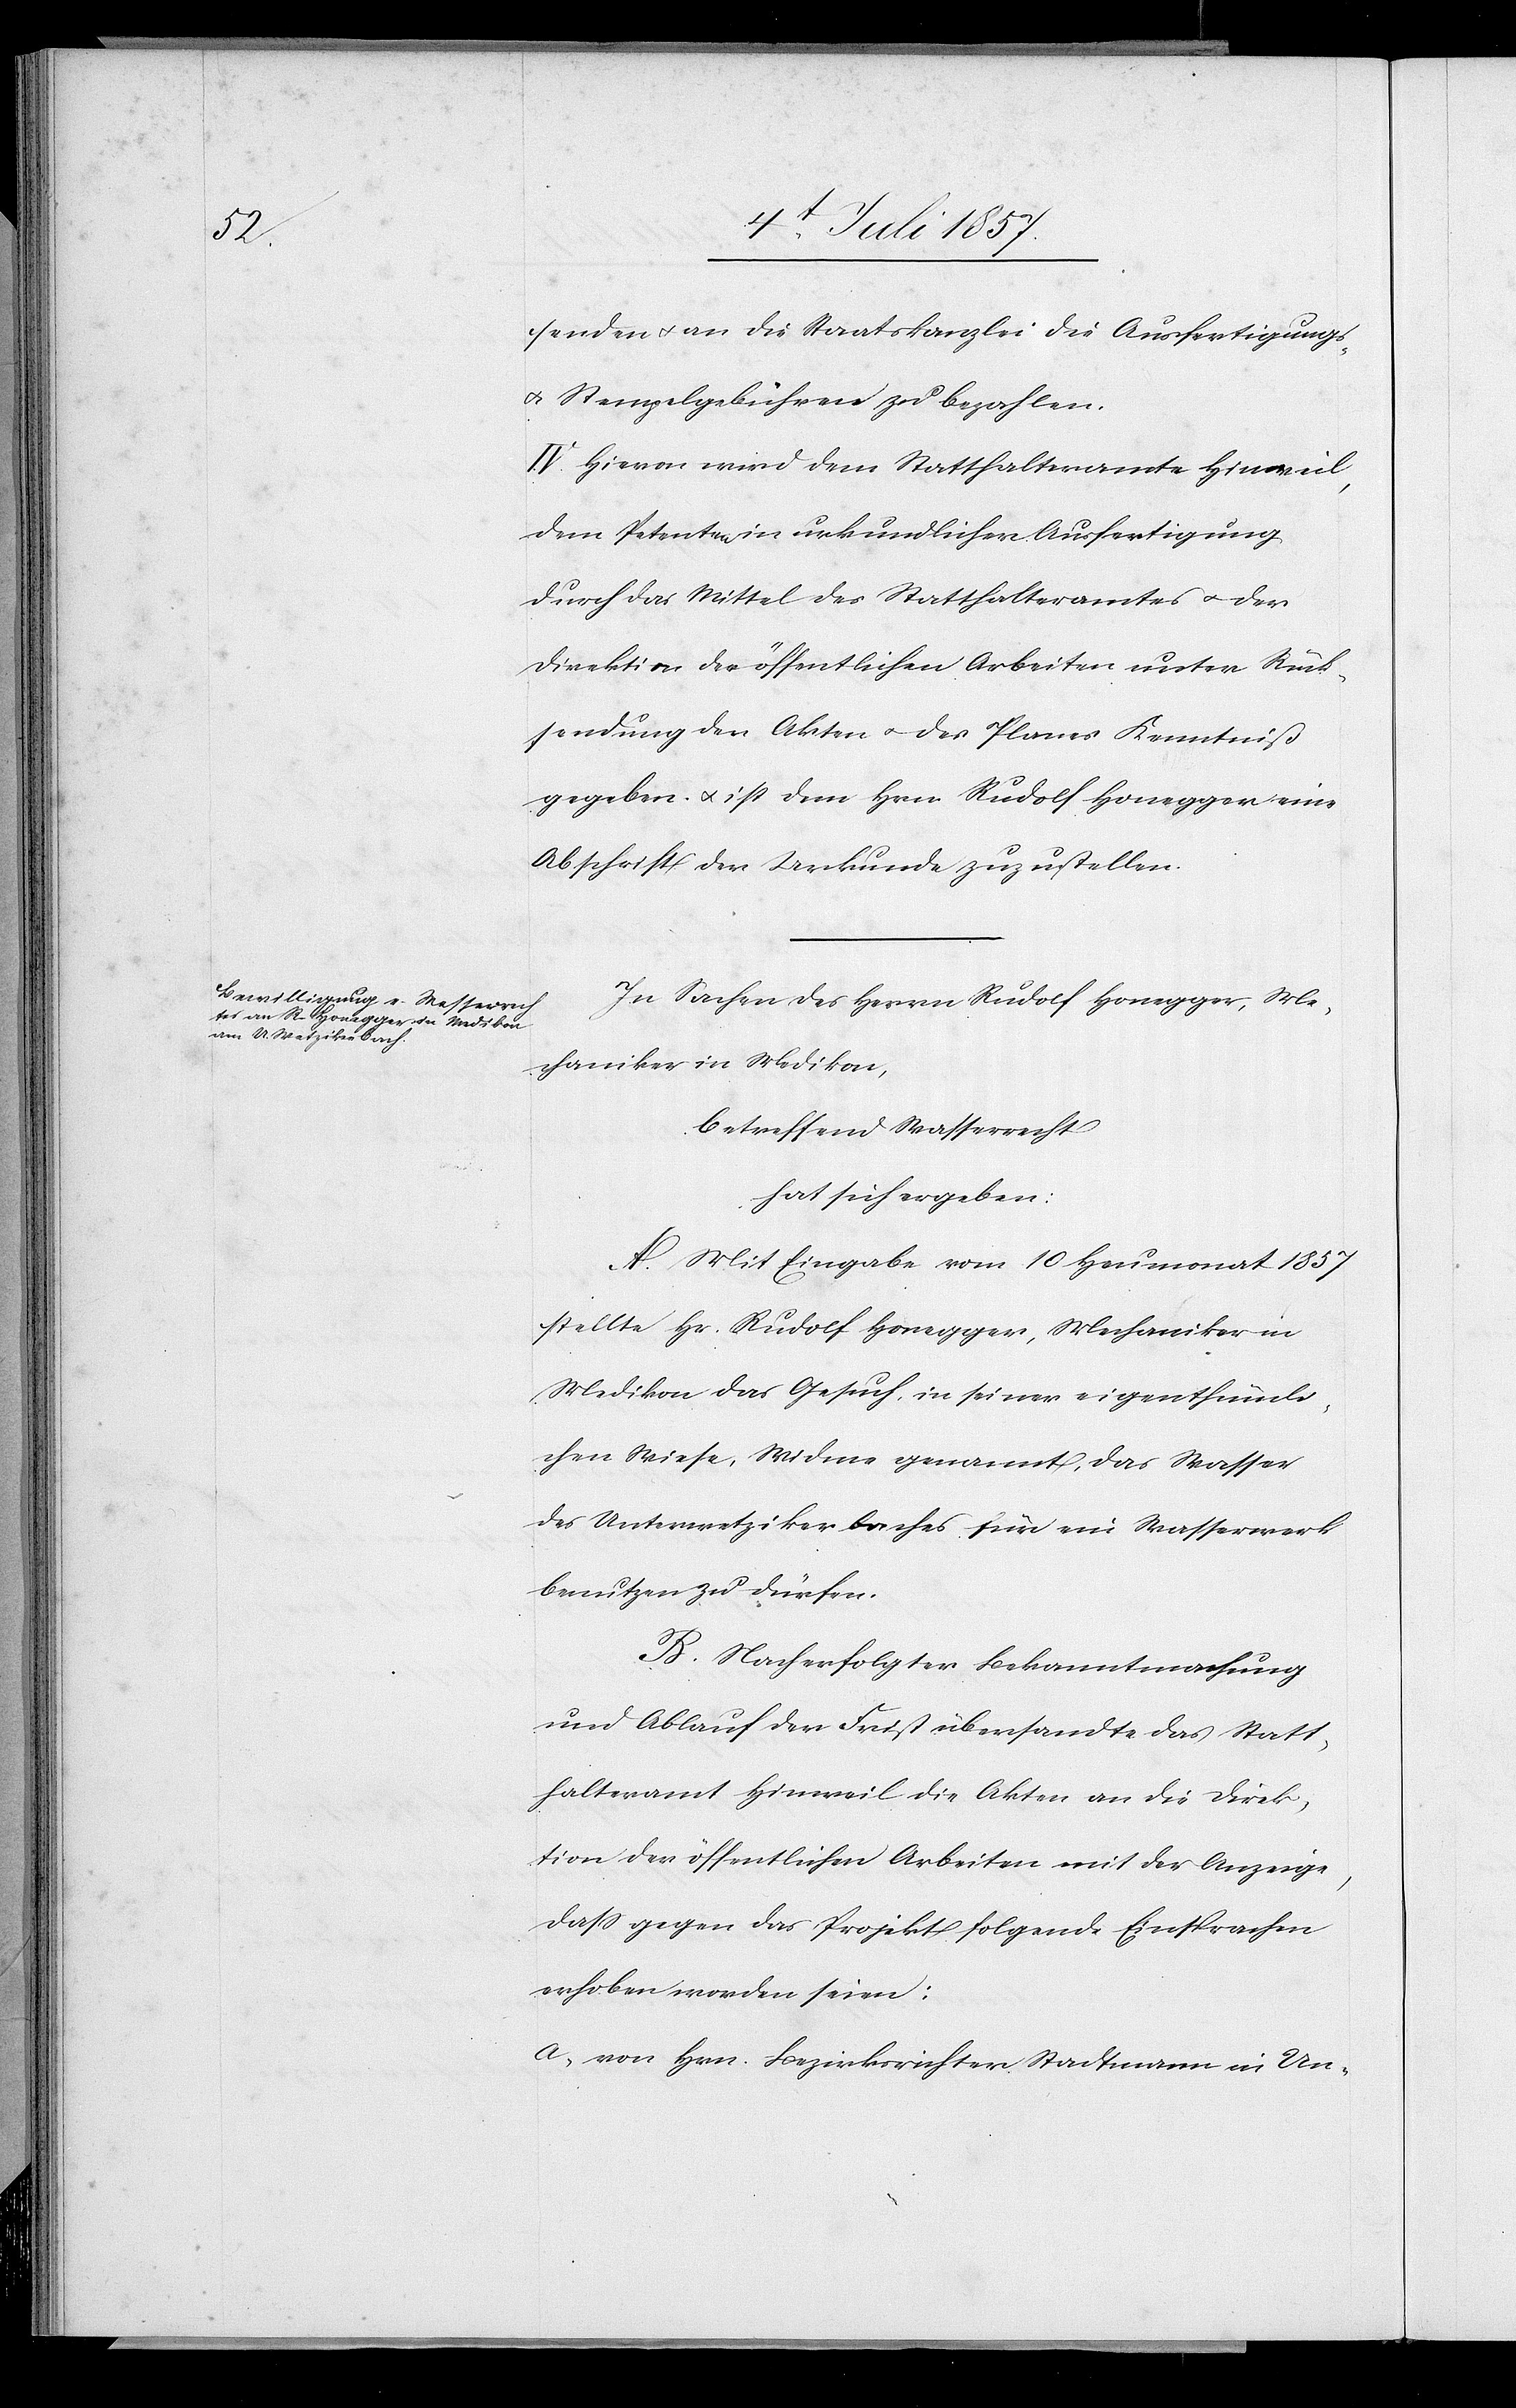
senden & an die Staatskanzlei die Ausfertigungs-
& Stempelgebühren zu bezahlen.
IV. Hievon wird dem Statthalteramte Hinweil,
dem Petenten in urkundlicher Ausfertigung
durch das Mittel des Statthalteramtes & der
Direktion der öffentlichen Arbeiten unter Rück¬
sendung der Akten & des Planes Kenntniß
gegeben & ist dem Hrn. Rudolf Honegger eine
Abschrift der Urkunde zuzustellen.
In Sachen des Herrn Rudolf Honegger, Me¬
chaniker in Medikon,
betreffend Wasserrecht,
hat sich ergeben:
A. Mit Eingabe vom 10 Heumonat 1857
stellte Hr. Rudolf Honegger, Mechaniker in
Medikon das Gesuch, in seiner eigenthümli¬
chen Wiese, Widme genannt, das Wasser
des Unterwetziker Baches für ein Wasserwerk
benutzen zu dürfen.
B. Nach erfolgter Bekanntmachung
und Ablauf der Frist übersandte das Statt¬
halteramt Hinweil die Akten an die Direk¬
tion der öffentlichen Arbeiten mit der Anzeige,
daß gegen das Projekt folgende Einsprachen
erhoben worden seien;
a, von Hrn. Bezirksrichter Stadtmann in Un-